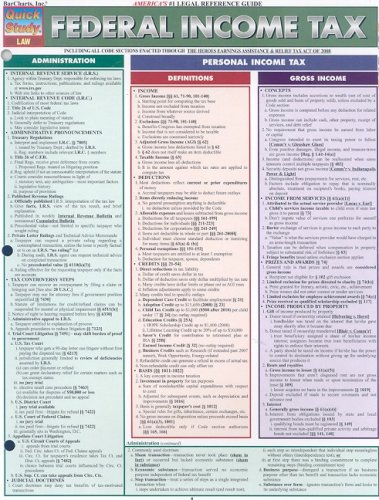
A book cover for Federal Income Tax (Quick Study: Law); Inc. BarCharts; Test Preparation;